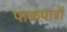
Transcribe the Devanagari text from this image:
पाकपात्रों